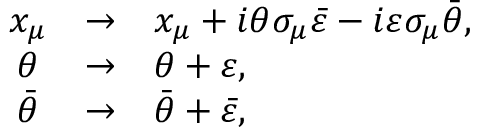
\begin{array} { c c l } { { x _ { \mu } } } & { { \rightarrow } } & { { x _ { \mu } + i \theta \sigma _ { \mu } \bar { \varepsilon } - i \varepsilon \sigma _ { \mu } \bar { \theta } , } } \\ { { \theta } } & { { \rightarrow } } & { { \theta + \varepsilon , } } \\ { { \bar { \theta } } } & { { \rightarrow } } & { { \bar { \theta } + \bar { \varepsilon } , } } \end{array}